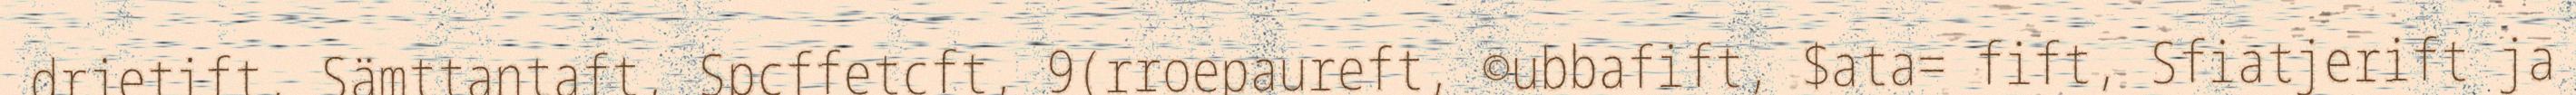
drjetift, Sämttantaft, Spcffetcft, 9(rroepaureft, ©ubbafift, $ata= fift, Sfiatjerift ja